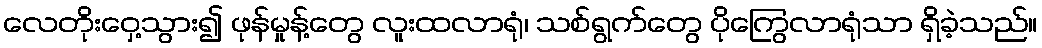
လေတိုးဝှေ့သွား၍ ဖုန်မှုန့်တွေ လူးထလာရုံ၊ သစ်ရွက်တွေ ပိုကြွေလာရုံသာ ရှိခဲ့သည်။